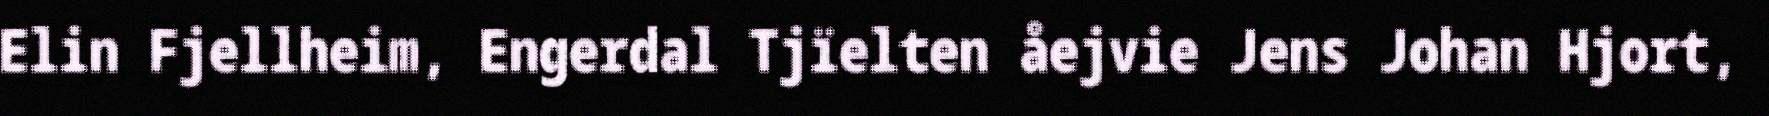
Elin Fjellheim, Engerdal Tjïelten åejvie Jens Johan Hjort,